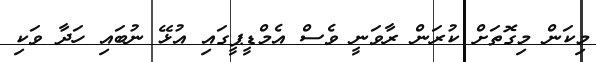
މިކަން މިގޮތަށް ކުރަން ރާވަނީ ވެސް އެމްޑީޕީގައި އުޅޭ ނުބައި ހަދާ ވަކި